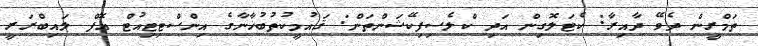
ތަމްރީން ދެވޭ ދާއިރާ: ކެޓަލޮގިން އަދި ކްލެސިފިކޭޝަންތަން: ޤައުމީކުތުބުޚާނާގެ އިންސްޓިޓިއުޓް އޮފް ލައިބްރަރީ